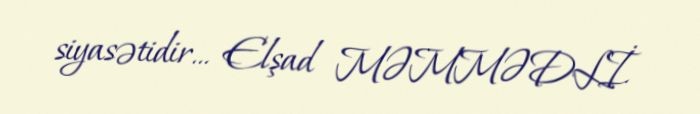
siyasətidir... Elşad MƏMMƏDLİ.